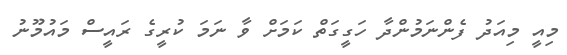
މިއީ މިއަދު ފެންނަމުންދާ ހަގީގަތް ކަމަށް ވާ ނަމަ ކުރީގެ ރައީސް މައުމޫނު